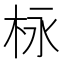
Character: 栐